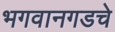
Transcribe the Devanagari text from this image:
भगवानगडचे